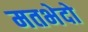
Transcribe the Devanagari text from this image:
मतभेदो